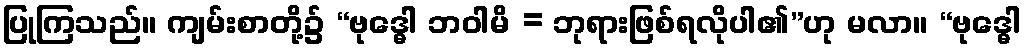
ပြုကြသည်။ ကျမ်းစာတို့၌ “ဗုဒ္ဓေါ ဘဝါမိ = ဘုရားဖြစ်ရလိုပါ၏”ဟု မလာ။ “ဗုဒ္ဓေါ